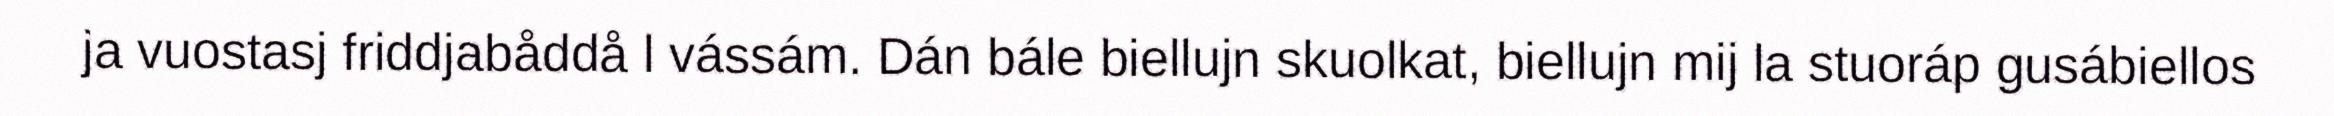
ja vuostasj friddjabåddå l vássám. Dán bále biellujn skuolkat, biellujn mij la stuoráp gusábiellos